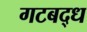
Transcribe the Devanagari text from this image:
गटबद्ध